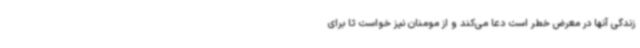
زندگی آنها در معرض خطر است دعا می‌کند و از مومنان نیز خواست تا برای